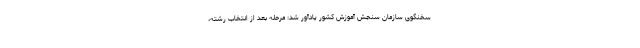
سخنگوی سازمان سنجش آموزش کشور یادآور شد: مرحله بعد از انتخاب رشته،